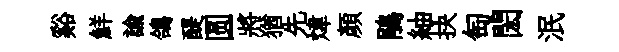
谿鮮諭鴿醍圆將猶先煒顏鵑紬抉匋閎泯